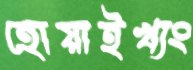
হোয়াইখ্যং